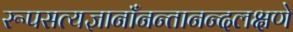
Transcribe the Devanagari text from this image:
रूपसत्यज्ञानाँनन्तानन्दलक्षणे